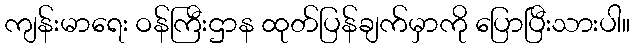
ကျန်းမာရေး ဝန်ကြီးဌာန ထုတ်ပြန်ချက်မှာကို ပြောပြီးသားပါ။